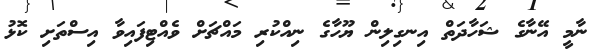
ނާމީ އޭނާގެ ޝަހާދަތް އިނގިލިން ޔޫހާގެ ނިއްކުރި މައްޗަށް ވެއްޓިފައިވާ އިސްތަށި ކޮޅު